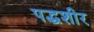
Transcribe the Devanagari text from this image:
पद्धशीर